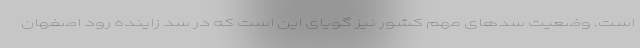
است. وضعیت سدهای مهم کشور نیز گویای این است که در سد زاینده رود اصفهان